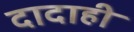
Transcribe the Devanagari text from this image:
दादाही